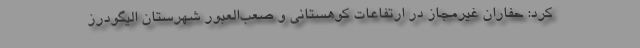
کرد: حفاران غیرمجاز در ارتفاعات کوهستانی و صعب‌العبور شهرستان الیگودرز